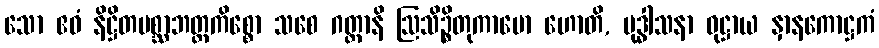
သော ဧဝံ နိဋ္ဌိတပစ္ဆာဘတ္တကိစ္စော သစေ ဂတ္တာနိ ဩသိဉ္စိတုကာမော ဟောတိ, ဗုဒ္ဓါသနာ ဝုဋ္ဌာယ နှာနကောဋ္ဌကံ